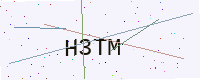
Text: H3TM